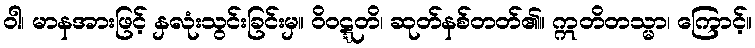
ဝါ၊ မာနအားဖြင့် နှလုံးသွင်းခြင်းမှ။ ဝိဝဋ္ဋတိ၊ ဆုတ်နစ်တတ်၏။ ဣတိတသ္မာ၊ ကြောင့်။